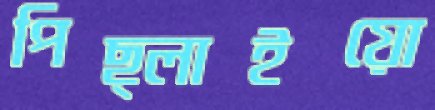
পিছ্‌লাইয়ো